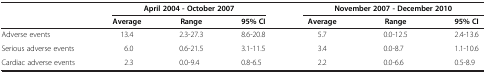
<table><thead><tr><td><b> </b></td><td colspan="3"><b>April 2004 - October 2007</b></td><td colspan="3"><b>November 2007 - December 2010</b></td></tr><tr><td><b> </b></td><td><b>Average</b></td><td><b>Range</b></td><td><b>95% CI</b></td><td><b>Average</b></td><td><b>Range</b></td><td><b>95% CI</b></td></tr></thead><tbody><tr><td>Adverse events</td><td>13.4</td><td>2.3-27.3</td><td>8.6-20.8</td><td>5.7</td><td>0.0-12.5</td><td>2.4-13.6</td></tr><tr><td>Serious adverse events</td><td>6.0</td><td>0.6-21.5</td><td>3.1-11.5</td><td>3.4</td><td>0.0-8.7</td><td>1.1-10.6</td></tr><tr><td>Cardiac adverse events</td><td>2.3</td><td>0.0-9.4</td><td>0.8-6.5</td><td>2.2</td><td>0.0-6.6</td><td>0.5-8.9</td></tr></tbody></table>